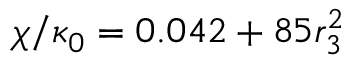
\chi / \kappa _ { 0 } = 0 . 0 4 2 + 8 5 r _ { 3 } ^ { 2 }